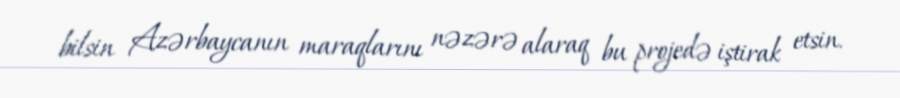
bilsin Azərbaycanın maraqlarını nəzərə alaraq bu projedə iştirak etsin.